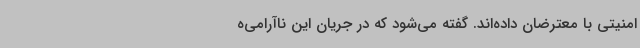
امنیتی با معترضان داده‌اند. گفته می‌شود که در جریان این ناآرامی‌ه